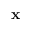
\mathbf { x }